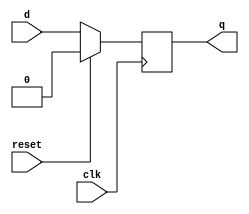
`timescale 1ns / 1ps
//////////////////////////////////////////////////////////////////////////////////
// Company: 
// Engineer: 
// 
// Design Name: 
// Module Name: d_flip_flop_syn
// Project Name: 
// Target Devices: 
// Tool Versions: 
// Description: 
// 
// Dependencies: 
// 
// Revision:
// Revision 0.01 - File Created
// Additional Comments:
// 
//////////////////////////////////////////////////////////////////////////////////


module d_flip_flop_syn(d, clk, reset, q);

input d, clk, reset;
output reg q;

always@(posedge clk)
    if(reset)
        q = 0;
    else
        q = d;
endmodule